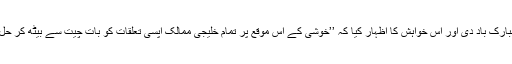
بعد ازاں خادم الحرمین شریفین شاہ سلمان نے مسلمانوں کو عید کی مبارک باد دی اور اس خواہش کا اظہار کیا کہ ’’خوشی کے اس موقع پر تمام خلیجی ممالک آپسی تعلقات کو بات چیت سے بیٹھ کر حل کریں تاکہ امتِ مسلمہ کو درپیش چیلنجز سے باہر نکالا جاسکے‘‘۔